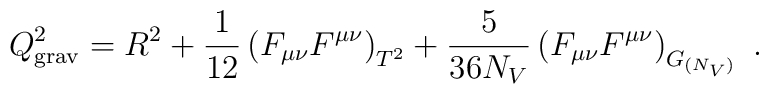
Q^2_{\rm grav}= R^2 + {1 \over 12} \left( F_{\mu \nu} F^{\mu \nu}  \right)_{T^2}+{5 \over 36 N_V} \left( F_{\mu \nu} F^{\mu \nu}  \right)_{G_{(N_V)}}~.